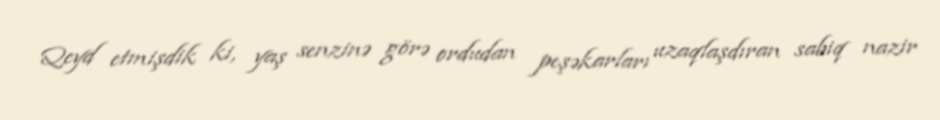
Qeyd etmişdik ki, yaş senzinə görə ordudan peşəkarları uzaqlaşdıran sabiq nazir